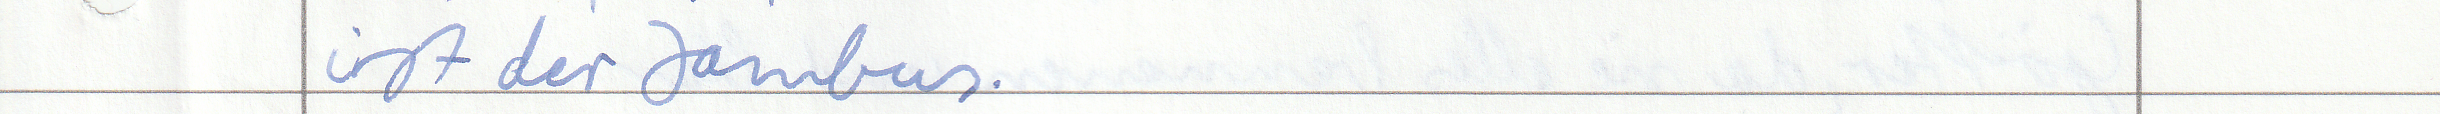
ist der Jambus.